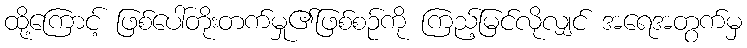
ထို့ကြောင့် ဖြစ်ပေါ်တိုးတက်မှု၏ဖြစ်စဉ်ကို ကြည့်မြင်လိုလျှင် အရေအတွက်မှ